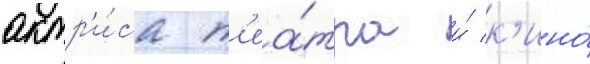
актр'и́са т'еа́тра и́ к'ино́